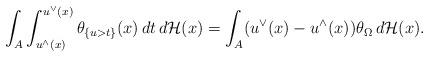
LaTeX: \begin{align*}\int_A\int_{u^{\wedge}(x)}^{u^{\vee}(x)}\theta_{\{u>t\}}(x)\,dt\,d\mathcal H(x)=\int_A(u^{\vee}(x)-u^{\wedge}(x))\theta_{\Omega}\,d\mathcal H(x).\end{align*}